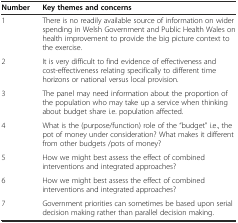
<table><thead><tr><td><b>Number</b></td><td><b>Key themes and concerns</b></td></tr></thead><tbody><tr><td>1</td><td>There is no readily available source of information on wider spending in Welsh Government and Public Health Wales on health improvement to provide the big picture context to the exercise.</td></tr><tr><td>2</td><td>It is very difficult to find evidence of effectiveness and cost-effectiveness relating specifically to different time horizons or national versus local provision.</td></tr><tr><td>3</td><td>The panel may need information about the proportion of the population who may take up a service when thinking about budget share i.e. population affected.</td></tr><tr><td>4</td><td>What is the (purpose/function) role of the “budget” i.e., the pot of money under consideration? What makes it different from other budgets /pots of money?</td></tr><tr><td>5</td><td>How we might best assess the effect of combined interventions and integrated approaches?</td></tr><tr><td>6</td><td>How we might best assess the effect of combined interventions and integrated approaches?</td></tr><tr><td>7</td><td>Government priorities can sometimes be based upon serial decision making rather than parallel decision making.</td></tr></tbody></table>